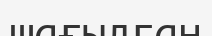
шағылган